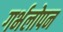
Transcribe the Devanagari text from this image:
गर्भलोपन